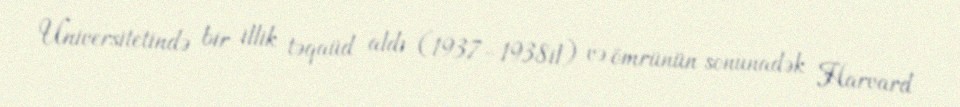
Universitetində bir illik təqaüd aldı (1937–1938il) və ömrünün sonunadək Harvard